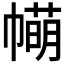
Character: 𢅆